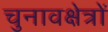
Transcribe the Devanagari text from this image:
चुनावक्षेत्रों